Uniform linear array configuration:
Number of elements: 8
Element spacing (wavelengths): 0.75
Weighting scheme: uniform
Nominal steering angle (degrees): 30
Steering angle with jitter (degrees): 28.399
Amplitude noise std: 0.05
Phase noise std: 0.05

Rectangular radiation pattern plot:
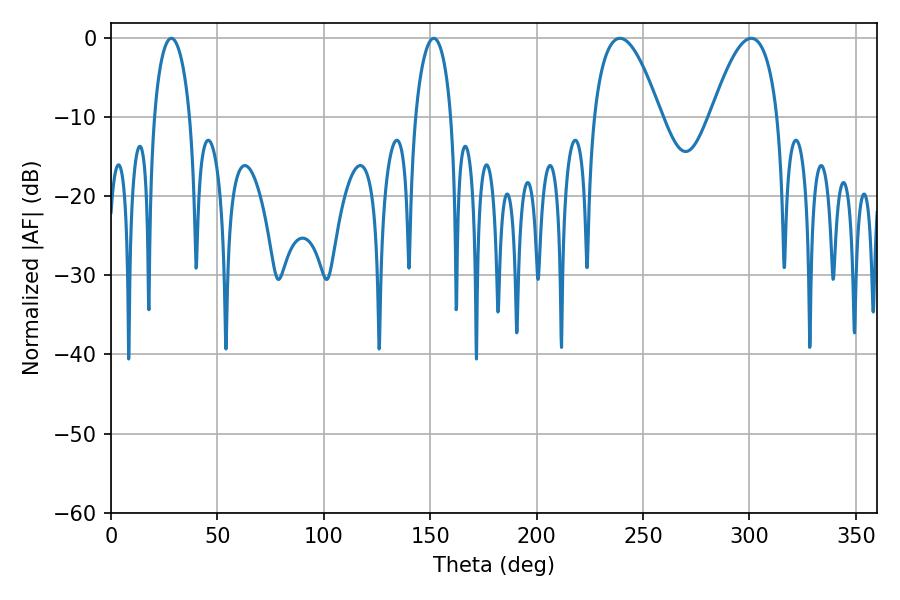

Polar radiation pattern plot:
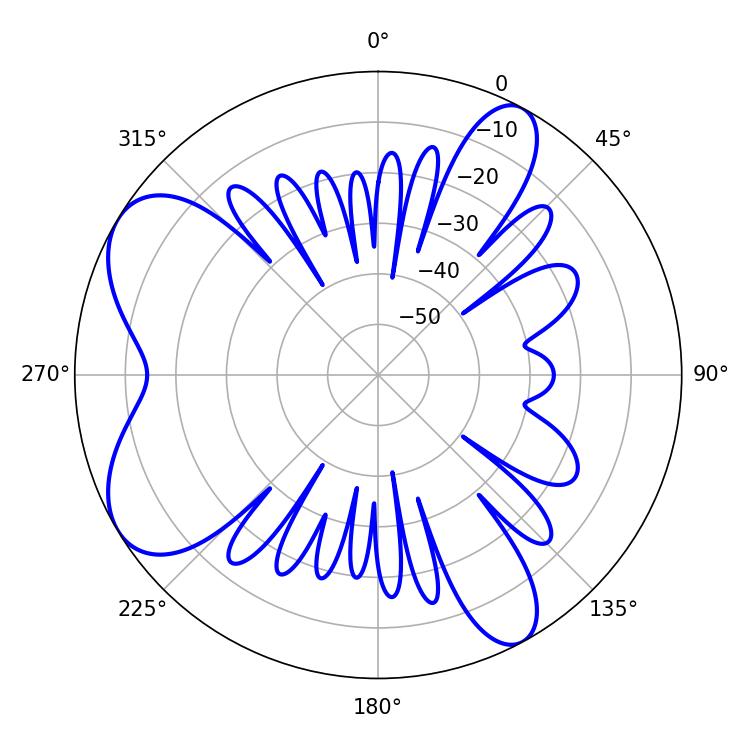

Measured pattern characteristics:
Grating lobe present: TRUE
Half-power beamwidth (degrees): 17.28
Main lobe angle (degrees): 239.22